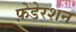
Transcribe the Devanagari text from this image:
फ़ेडेरशन